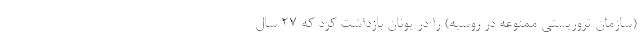
(سازمان تروریستی ممنوعه در روسیه) را در یونان بازداشت کرد که 27 سال